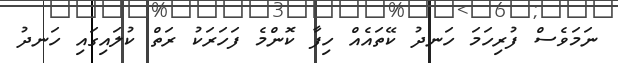
ނަމަވެސް ފުރިހަމަ ހަނދު ކޭތައެއް ހިފާ ކޮންމެ ފަހަރަކު ރަތް ކުލައިގައި ހަނދު